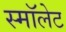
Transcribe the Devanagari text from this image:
स्मॉलेट